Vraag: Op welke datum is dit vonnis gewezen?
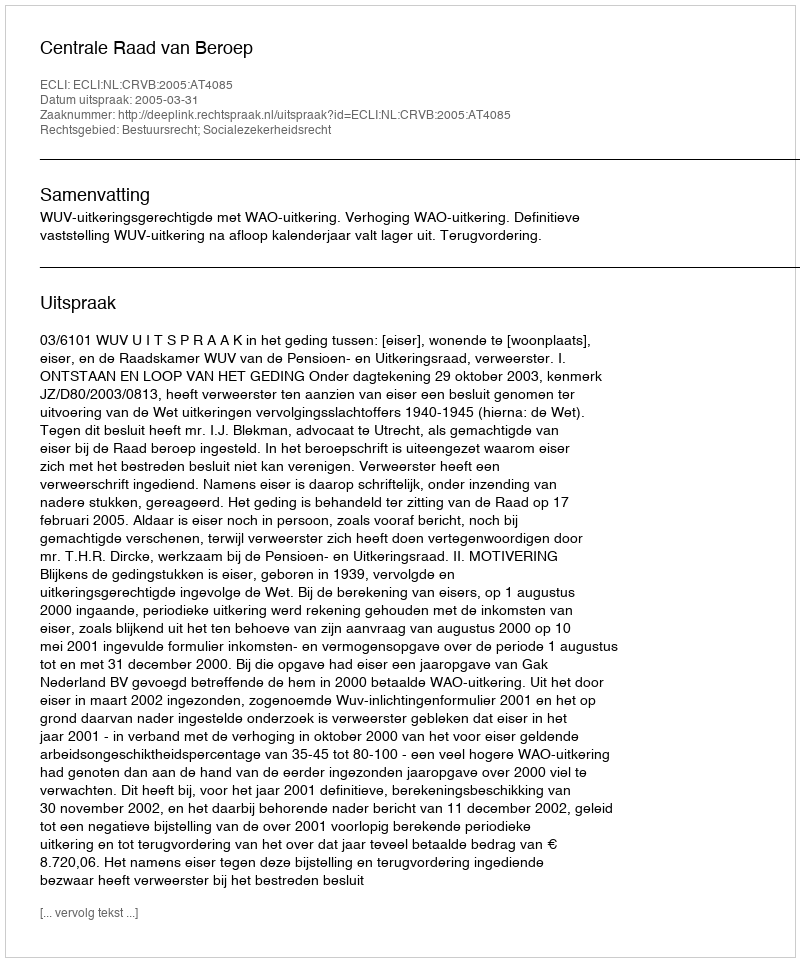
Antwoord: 2005-03-31